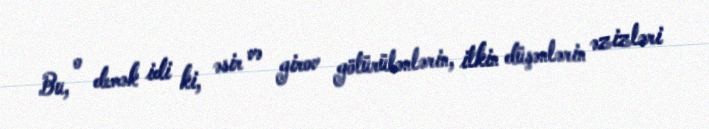
Bu, o demək idi ki, əsir və girov götürülənlərin, itkin düşənlərin əzizləri